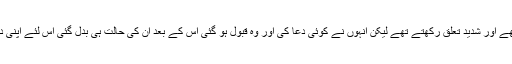
…… اکثر لوگوں کے حالات کتابوں میں لکھے ہیں کہ اوائل میں دنیا سے تعلق رکھتے تھے اور شدید تعلق رکھتے تھے لیکن انہوں نے کوئی دعا کی اور وہ قبول ہو گئی اس کے بعد ان کی حالت ہی بدل گئی اس لئے اپنی دعاؤں کی قبولیت اور کامیابیوں پر نازاں نہ ہو بلکہ خدا کے فضل اور حمایت کی قدر کرو۔